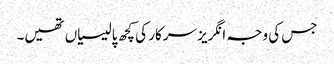
جس کی وجہ انگریز سرکار کی کچھ پالیسیاں تھیں۔